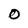
Character: O